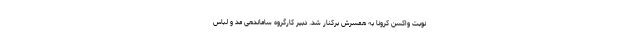
نوبت واکسن کرونا به همسرش برکنار شد. دبیر کارگروه ساماندهی مد و لباس